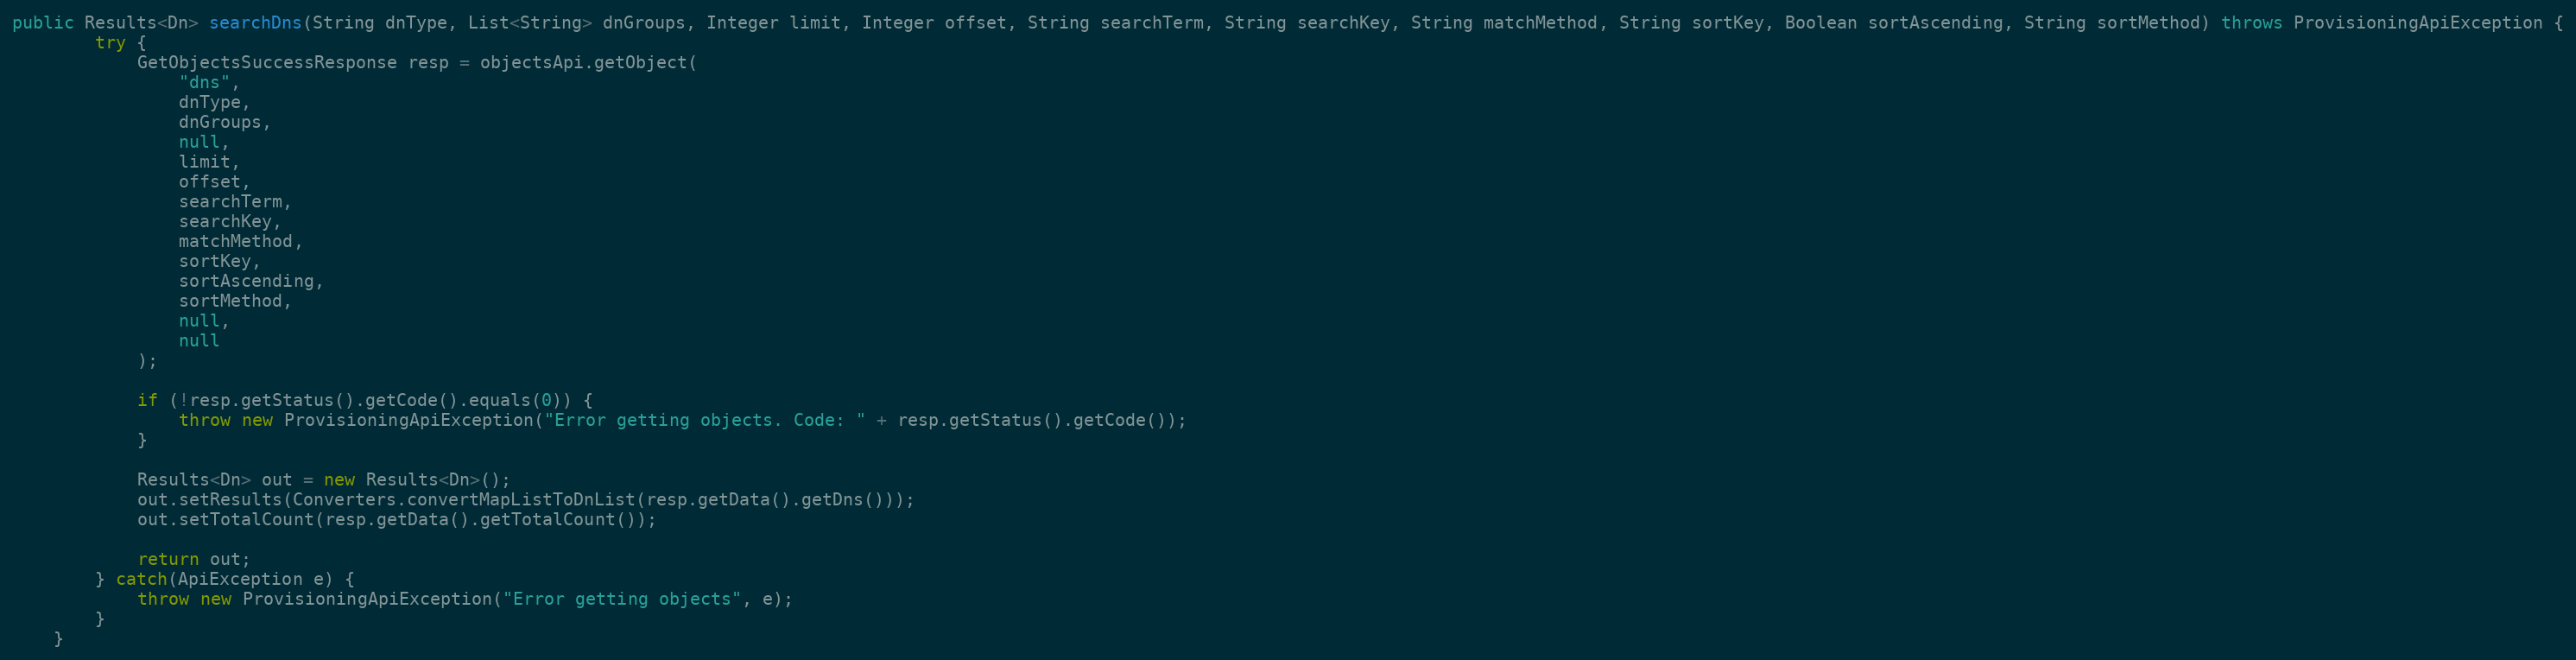
Language: Java
public Results<Dn> searchDns(String dnType, List<String> dnGroups, Integer limit, Integer offset, String searchTerm, String searchKey, String matchMethod, String sortKey, Boolean sortAscending, String sortMethod) throws ProvisioningApiException {
		try {
			GetObjectsSuccessResponse resp = objectsApi.getObject(
				"dns",
				dnType,
				dnGroups,
				null,
				limit,
				offset,
				searchTerm,
				searchKey,
				matchMethod,
				sortKey,
				sortAscending,
				sortMethod,
				null,
				null
			);

			if (!resp.getStatus().getCode().equals(0)) {
				throw new ProvisioningApiException("Error getting objects. Code: " + resp.getStatus().getCode());
			}

			Results<Dn> out = new Results<Dn>();
			out.setResults(Converters.convertMapListToDnList(resp.getData().getDns()));
			out.setTotalCount(resp.getData().getTotalCount());

			return out;
        } catch(ApiException e) {
        	throw new ProvisioningApiException("Error getting objects", e);
        }
	}